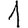
Digit: 1